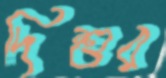
দিশুর